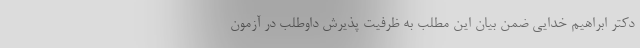
دکتر ابراهیم خدایی ضمن بیان این مطلب به ظرفیت پذیرش داوطلب در آزمون